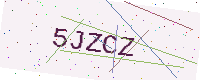
Text: 5JZCZ